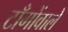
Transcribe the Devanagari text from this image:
टाँगोंवाले